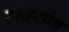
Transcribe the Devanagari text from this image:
होबसोन